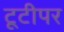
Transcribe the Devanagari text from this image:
टूटीपर